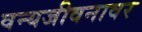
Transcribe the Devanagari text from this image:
वन्यजीवनावर